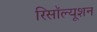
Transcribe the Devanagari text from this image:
रिसॉल्यूशन